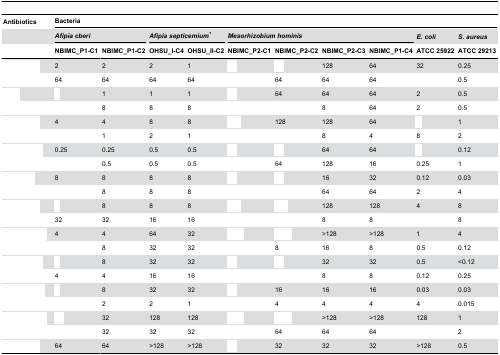
<table><thead><tr><td><b>Antibiotics</b></td><td colspan="10"><b>Bacteria</b></td></tr><tr><td>[EMPTY_CELL]</td><td colspan="2"><b><i>Afipia cberi</i></b></td><td colspan="2"><b><i>Afipia septicemium*</i></b></td><td colspan="4"><b><i>Mesorhizobium hominis</i></b></td><td><b><i>E. coli</i></b></td><td><b><i>S. aureus</i></b></td></tr><tr><td>[EMPTY_CELL]</td><td><b>NBIMC_P1-C1</b></td><td><b>NBIMC_P1-C2</b></td><td><b>OHSU_I-C4</b></td><td><b>OHSU_II-C2</b></td><td><b>NBIMC_P2-C1</b></td><td><b>NBIMC_P2-C2</b></td><td><b>NBIMC_P2-C3</b></td><td><b>NBIMC_P1-C4</b></td><td><b>ATCC 25922</b></td><td><b>ATCC 29213</b></td></tr></thead><tbody><tr><td>[EMPTY_CELL]</td><td>2</td><td>2</td><td>2</td><td>1</td><td>[EMPTY_CELL]</td><td>[EMPTY_CELL]</td><td>128</td><td>64</td><td>32</td><td>0.25</td></tr><tr><td>[EMPTY_CELL]</td><td>64</td><td>64</td><td>64</td><td>64</td><td>[EMPTY_CELL]</td><td>64</td><td>64</td><td>64</td><td>[EMPTY_CELL]</td><td>0.5</td></tr><tr><td>[EMPTY_CELL]</td><td>[EMPTY_CELL]</td><td>1</td><td>1</td><td>1</td><td>[EMPTY_CELL]</td><td>64</td><td>64</td><td>64</td><td>2</td><td>0.5</td></tr><tr><td>[EMPTY_CELL]</td><td>[EMPTY_CELL]</td><td>8</td><td>8</td><td>8</td><td>[EMPTY_CELL]</td><td>[EMPTY_CELL]</td><td>8</td><td>64</td><td>2</td><td>0.5</td></tr><tr><td>[EMPTY_CELL]</td><td>4</td><td>4</td><td>8</td><td>8</td><td>[EMPTY_CELL]</td><td>128</td><td>128</td><td>64</td><td>[EMPTY_CELL]</td><td>1</td></tr><tr><td>[EMPTY_CELL]</td><td>[EMPTY_CELL]</td><td>1</td><td>2</td><td>1</td><td>[EMPTY_CELL]</td><td>[EMPTY_CELL]</td><td>8</td><td>4</td><td>8</td><td>2</td></tr><tr><td>[EMPTY_CELL]</td><td>0.25</td><td>0.25</td><td>0.5</td><td>0.5</td><td>[EMPTY_CELL]</td><td>[EMPTY_CELL]</td><td>64</td><td>64</td><td>[EMPTY_CELL]</td><td>0.12</td></tr><tr><td>[EMPTY_CELL]</td><td>[EMPTY_CELL]</td><td>0.5</td><td>0.5</td><td>0.5</td><td>[EMPTY_CELL]</td><td>64</td><td>128</td><td>16</td><td>0.25</td><td>1</td></tr><tr><td>[EMPTY_CELL]</td><td>8</td><td>8</td><td>8</td><td>8</td><td>[EMPTY_CELL]</td><td>[EMPTY_CELL]</td><td>16</td><td>32</td><td>0.12</td><td>0.03</td></tr><tr><td>[EMPTY_CELL]</td><td>[EMPTY_CELL]</td><td>8</td><td>8</td><td>8</td><td>[EMPTY_CELL]</td><td>[EMPTY_CELL]</td><td>64</td><td>64</td><td>2</td><td>4</td></tr><tr><td>[EMPTY_CELL]</td><td>[EMPTY_CELL]</td><td>8</td><td>8</td><td>8</td><td>[EMPTY_CELL]</td><td>[EMPTY_CELL]</td><td>128</td><td>128</td><td>4</td><td>8</td></tr><tr><td>[EMPTY_CELL]</td><td>32</td><td>32</td><td>16</td><td>16</td><td>[EMPTY_CELL]</td><td>[EMPTY_CELL]</td><td>8</td><td>8</td><td>[EMPTY_CELL]</td><td>8</td></tr><tr><td>[EMPTY_CELL]</td><td>4</td><td>4</td><td>64</td><td>32</td><td>[EMPTY_CELL]</td><td>[EMPTY_CELL]</td><td>&gt;128</td><td>&gt;128</td><td>1</td><td>4</td></tr><tr><td>[EMPTY_CELL]</td><td>[EMPTY_CELL]</td><td>8</td><td>32</td><td>32</td><td>[EMPTY_CELL]</td><td>8</td><td>16</td><td>8</td><td>0.5</td><td>0.12</td></tr><tr><td>[EMPTY_CELL]</td><td>[EMPTY_CELL]</td><td>8</td><td>32</td><td>32</td><td>[EMPTY_CELL]</td><td>[EMPTY_CELL]</td><td>32</td><td>32</td><td>0.5</td><td>&lt;0.12</td></tr><tr><td>[EMPTY_CELL]</td><td>4</td><td>4</td><td>16</td><td>16</td><td>[EMPTY_CELL]</td><td>[EMPTY_CELL]</td><td>8</td><td>8</td><td>0.12</td><td>0.25</td></tr><tr><td>[EMPTY_CELL]</td><td>[EMPTY_CELL]</td><td>8</td><td>32</td><td>32</td><td>[EMPTY_CELL]</td><td>16</td><td>16</td><td>16</td><td>0.03</td><td>0.03</td></tr><tr><td>[EMPTY_CELL]</td><td>[EMPTY_CELL]</td><td>2</td><td>2</td><td>1</td><td>[EMPTY_CELL]</td><td>4</td><td>4</td><td>4</td><td>4</td><td>0.015</td></tr><tr><td>[EMPTY_CELL]</td><td>[EMPTY_CELL]</td><td>32</td><td>128</td><td>128</td><td>[EMPTY_CELL]</td><td>[EMPTY_CELL]</td><td>&gt;128</td><td>&gt;128</td><td>128</td><td>1</td></tr><tr><td>[EMPTY_CELL]</td><td>[EMPTY_CELL]</td><td>32</td><td>32</td><td>32</td><td>[EMPTY_CELL]</td><td>64</td><td>64</td><td>64</td><td>[EMPTY_CELL]</td><td>2</td></tr><tr><td>[EMPTY_CELL]</td><td>64</td><td>64</td><td>&gt;128</td><td>&gt;128</td><td>[EMPTY_CELL]</td><td>32</td><td>32</td><td>32</td><td>&gt;128</td><td>0.5</td></tr></tbody></table>